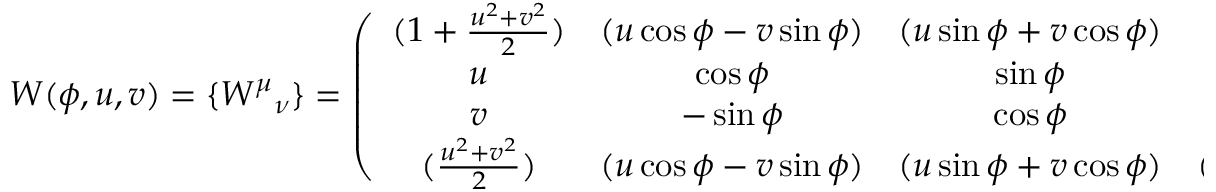
W ( \phi , u , v ) = \{ { W ^ { \mu } } _ { \nu } \} = \left( \begin{array} { c c c c } { { ( 1 + \frac { u ^ { 2 } + v ^ { 2 } } { 2 } ) } } & { { ( u \cos \phi - v \sin \phi ) } } & { { ( u \sin \phi + v \cos \phi ) } } & { { ( - \frac { u ^ { 2 } + v ^ { 2 } } { 2 } ) } } \\ { { u } } & { { \cos \phi } } & { { \sin \phi } } & { { - u } } \\ { { v } } & { { - \sin \phi } } & { { \cos \phi } } & { { - v } } \\ { { ( \frac { u ^ { 2 } + v ^ { 2 } } { 2 } ) } } & { { ( u \cos \phi - v \sin \phi ) } } & { { ( u \sin \phi + v \cos \phi ) } } & { { ( 1 - \frac { u ^ { 2 } + v ^ { 2 } } { 2 } ) } } \end{array} \right)